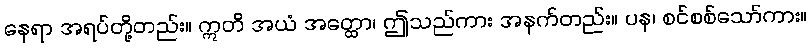
နေရာ အရပ်တို့တည်း။ ဣတိ အယံ အတ္ထော၊ ဤသည်ကား အနက်တည်း။ ပန၊ စင်စစ်သော်ကား။